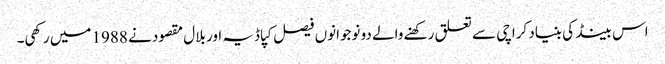
اس بینڈ کی بنیاد کراچی سے تعلق رکھنے والے دو نوجوانوں فیصل کپاڈیہ اور بلال مقصود نے 1988 میں رکھی۔